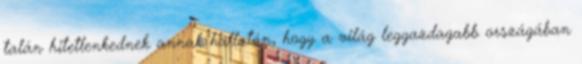
talán hitetlenkednek annak hallatán, hogy a világ leggazdagabb országában